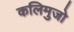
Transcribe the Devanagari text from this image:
कलिमुजो